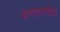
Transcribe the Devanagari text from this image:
अनादरणीय